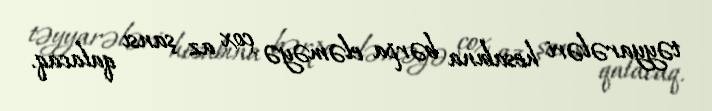
təyyarələri hesabına bərpa eləməyə çox az şansı qalacaq.